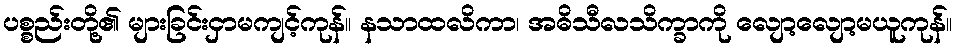
ပစ္စည်းတို့၏ များခြင်းငှာမကျင့်ကုန်။ နသာထလိကာ၊ အဓိသီလသိက္ခာကို လျော့လျော့မယူကုန်။